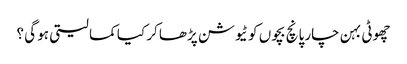
چھوٹی بہن چار پانچ بچوں کو ٹیوشن پڑھا کر کیا کما لیتی ہو گی ؟